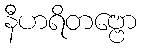
နီဟရိတဗ္ဗော